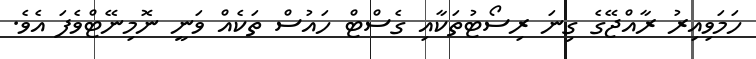
ހަމަވިއިރު ރާއްޖޭގެ ގިނަ ރިސޯޓުތަކާއި ގެސްޓް ހައުސް ތަކެއް ވަނީ ނޮމިނޭޓްވެފަ އެވެ.